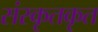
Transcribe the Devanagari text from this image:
संस्कृतकृत